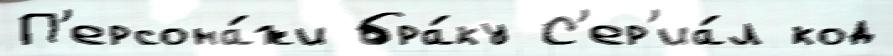
П'ерсона́жи бра́ку С'ер'иа́л код